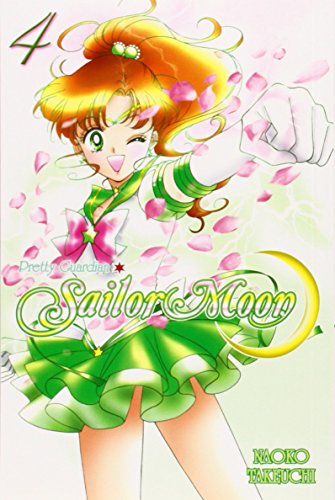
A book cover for Sailor Moon 4; Naoko Takeuchi; Comics & Graphic Novels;